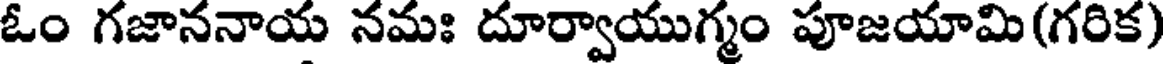
ఓం గజాననాయ నమః దూర్వాయుగ్మం పూజయామి (గరిక)